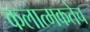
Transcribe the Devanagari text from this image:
कलात्मकतेच